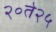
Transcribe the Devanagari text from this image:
२०ते२५